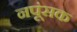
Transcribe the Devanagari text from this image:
नपूंसक